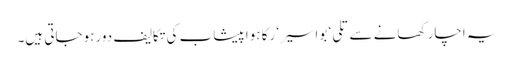
یہ اچار کھانے سے تلی‘ بواسیر‘ رکا ہوا پیشاب کی تکالیف دور ہوجاتی ہیں۔